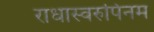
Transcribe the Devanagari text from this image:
राधास्वरुपिनम